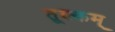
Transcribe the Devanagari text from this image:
तूक्कम्